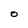
Character: O